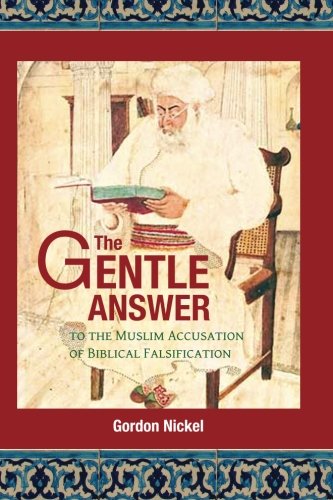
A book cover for The Gentle Answer to the Muslim Accusation of Biblical Falsification; Gordon D Nickel; Religion & Spirituality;